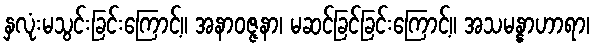
နှလုံးမသွင်းခြင်းကြောင့်။ အနာဝဇ္ဇနာ၊ မဆင်ခြင်ခြင်းကြောင့်။ အသမန္နာဟာရာ၊